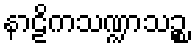
နာဠိကသဏ္ဍာသဉ္စ